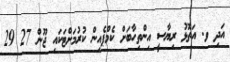
އަދި ވ. އަތޮޅު ރިޔާސީ އިންތިހާބަށް ކެމްޕެއިން ކުރުމަށްޓަކައި ޖޫން 27 29